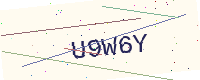
Text: U9W6Y